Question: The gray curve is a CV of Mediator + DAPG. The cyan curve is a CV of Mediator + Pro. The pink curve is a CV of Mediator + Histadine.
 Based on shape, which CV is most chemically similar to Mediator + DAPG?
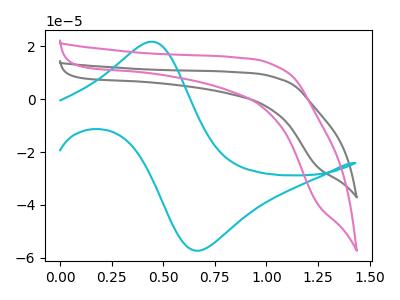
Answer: <think>The gray curve "Mediator + DAPG" has no peaks. The cyan curve "Mediator + Pro" has an anodic peak at (0.45V, 21.70uA) and a cathodic peak at (0.70V, -57.25uA). The pink curve "Mediator + Histadine" has no peaks.
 "Mediator + DAPG" and "Mediator + Pro" have a different number of peaks. Neither "Mediator + DAPG" or "Mediator + Histadine" have any peaks. "Mediator + Pro" and "Mediator + Histadine" have a different number of peaks.</think>
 <answer>The CV with the most similar shape to "Mediator + Histadine" is "Mediator + DAPG".</answer>
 <eval>"Mediator + DAPG"</eval>